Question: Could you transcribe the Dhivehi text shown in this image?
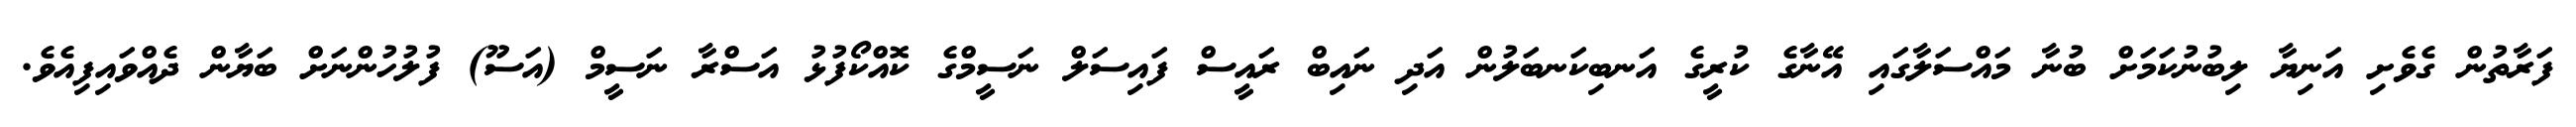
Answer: ފަރާތުން ގެވެށި އަނިޔާ ލިބުނުކަމަށް ބުނާ މައްސަލާގައި އޭނާގެ ކުރީގެ އަނބިކަނބަލުން އަދި ނައިބް ރައީސް ފައިސަލް ނަސީމްގެ ކޮއްކޯފުޅު އަސްރާ ނަސީމް (އަސޫ) ފުލުހުންނަށް ބަޔާން ދެއްވައިފިއެވެ.